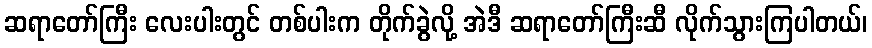
ဆရာတော်ကြီး လေးပါးတွင် တစ်ပါးက တိုက်ခွဲလို့ အဲဒီ ဆရာတော်ကြီးဆီ လိုက်သွားကြပါတယ်၊